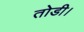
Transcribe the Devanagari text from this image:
तोडी।